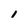
Character: 1